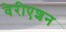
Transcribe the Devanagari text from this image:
वेरीएशन